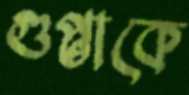
গুপ্তাকে